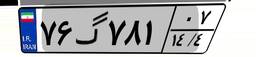
۷۶گ۷۸۱۰۷